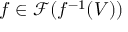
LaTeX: f \in { \mathcal { F } } ( f ^ { - 1 } ( V ) )